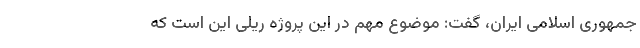
جمهوری اسلامی ایران، گفت: موضوع مهم در این پروژه ریلی این است که